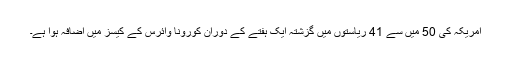
امریکہ کی 50 میں سے 41 ریاستوں میں گزشتہ ایک ہفتے کے دوران کورونا وائرس کے کیسز میں اضافہ ہوا ہے۔